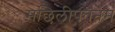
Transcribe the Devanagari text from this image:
मछिलीपतनम